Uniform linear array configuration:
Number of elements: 32
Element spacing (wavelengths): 0.25
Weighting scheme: cosine
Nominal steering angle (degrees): -45
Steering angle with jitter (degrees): -46.438
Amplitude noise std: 0.05
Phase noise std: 0.05

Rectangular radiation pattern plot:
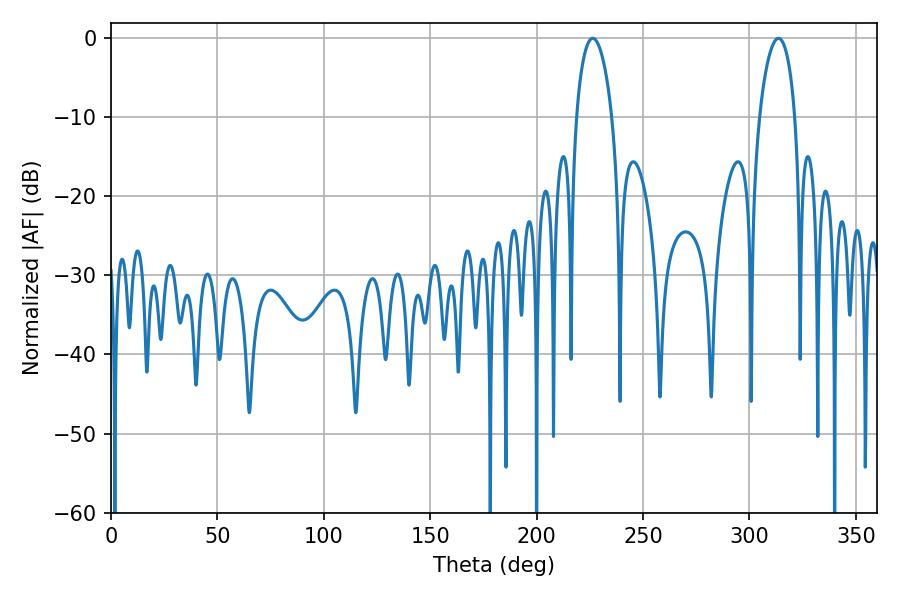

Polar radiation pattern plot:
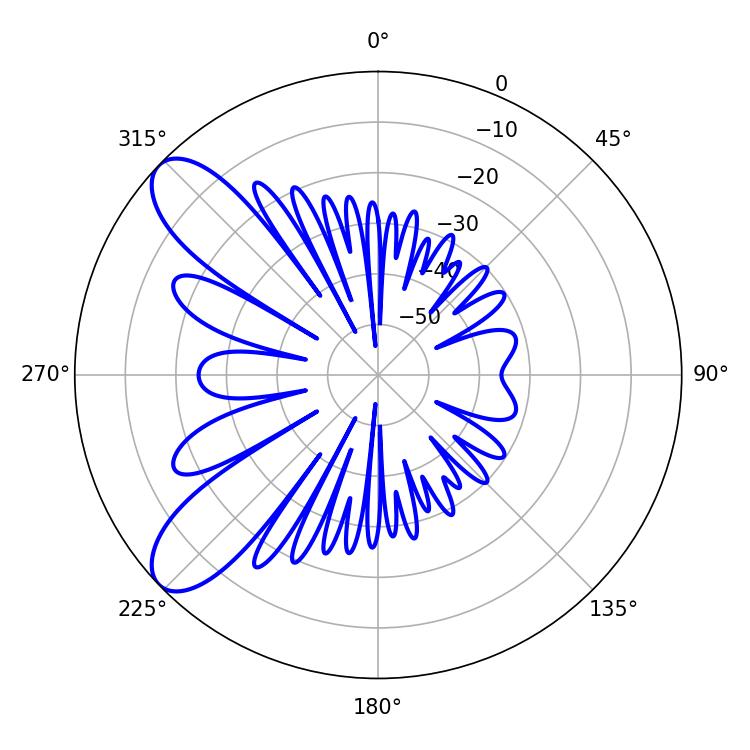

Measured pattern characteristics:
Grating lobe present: FALSE
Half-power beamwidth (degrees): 9.54
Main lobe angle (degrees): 226.44